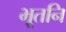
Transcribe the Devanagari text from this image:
भूतनि